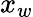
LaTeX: x_{w}